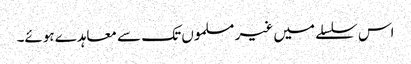
اس سلسلے میں غیر مسلموں تک سے معاہدے ہوئے۔